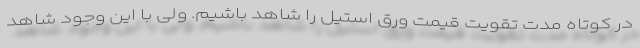
در کوتاه مدت تقویت قیمت ورق استیل را شاهد باشیم. ولی با این وجود شاهد